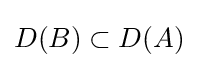
D(B)\subset D(A)